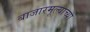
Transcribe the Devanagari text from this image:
बाजारमूल्याच्या